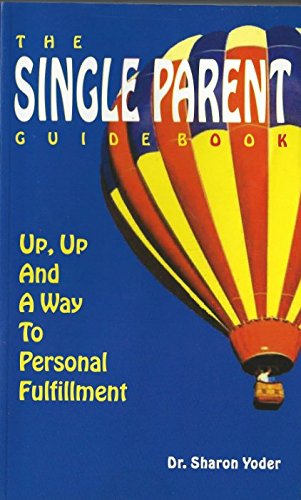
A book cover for The Single Parent Guidebook: Up, Up and a Way to Personal Fulfillment; Sharon Yoder; Parenting & Relationships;